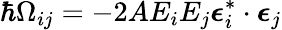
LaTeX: \hbar\Omega_{ij}=-2AE_{i}E_{j}\boldsymbol{\epsilon}_{i}^{*}\cdot\boldsymbol{\epsilon}_{j}